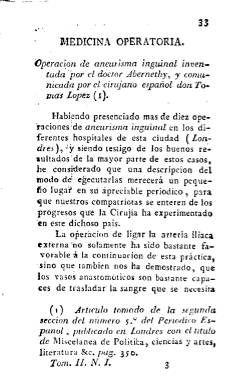
Título: Décadas médico-quirúrgicas y farmacéuticas
Otros títulos: Décadas médico quirúrgicas y farmacéuticas
Colección: Medicina || Farmacia
Ámbito geográfico: Madrid
Lugar de publicación: Madrid
Fechas: 01/01/1821-31/12/1821

Con esta modificación en el título continúa publicándose, a partir del diez de abril de 1821, el periódico Décadas médico-quirúrgicas, que había comenzado a publicarse en Madrid el diez de enero de ese año. Ello es así,  porque a partir de ahora Manuel Hurtado de Mendoza (1783-1849) comienza también a incluir en la publicación que dirige y del que es su principal redactor cuestiones relativas también a esta materia en dos secciones nuevas, con los epígrafes Farmacología y Farmacia.

Bajo la nueva cabecera este periódico seguirá apareciendo los días 10, 20 y 30 de cada mes, generalmente en fascículos en torno al medio centenar de páginas cada uno, formando tomos trimestrales, cada uno de estos con foliación continuada, e incluyendo al final de la última entrega de cada trimestre un índice de materias de los contenidos de cada tomo. De tal forma que con este título son editados desde el fascículo número 10 al 40, formando desde el segundo al cuarto tomo. El tercero de estos fue estampado en la Imprenta de D. Antonio Martínez, y el cuarto, en la del Imparcial, por don José Gallego.

Además de las dos nuevas secciones sobre Farmacia, el periódico sigue manteniendo las habituales dedicadas a Medicina Práctica, Terapéutica, Variedades, Literatura médica extranjera o Bibliografía médica nacional. La revista fundada por Hurtado de Mendoza está considerada como una de las más importantes para la difusión de los adelantos científicos y médicos publicada en España durante aquélla época, convirtiéndose en portavoz de las doctrinas que François Broussais (1772-1838) difundía a su vez  a través de su revista Annales de la Médécine Physiologique (1822-1834). Sus textos son originales o traducidos, y en ella colaboran decenas de facultativos que, generalmente, firman con iniciales.

A partir de 1823, la revista modificará de nuevo su título, denominándose a partir de entonces: Décadas de medicina y cirugía prácticas, al considerar su director que los médicos y cirujanos españoles estaban más interesados en las cuestiones prácticas y terapéuticas. Los tres títulos de la revista forman parte de la colección de la Hemeroteca Digital de la BNE, que suman un total de veinte tomos, y llevan su correspondiente descripción.